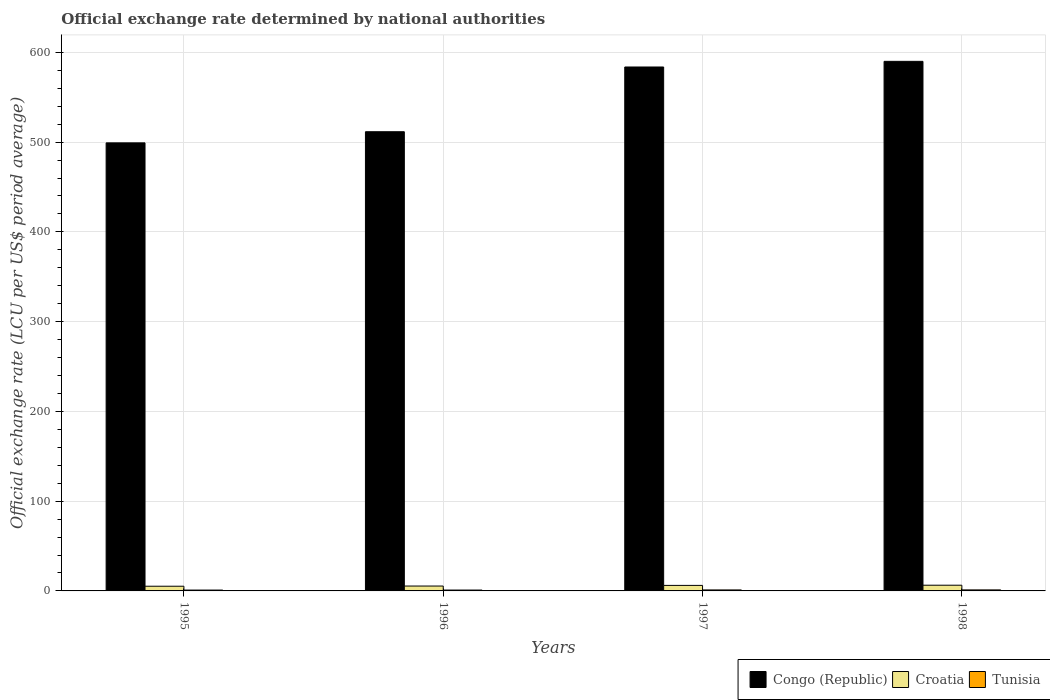
| Years | Congo (Republic) | Croatia | Tunisia |
 | --- | --- | --- | --- |
 | 1995 | 499 | 5.23 | 0.946 |
 | 1996 | 512 | 5.43 | 0.973 |
 | 1997 | 584 | 6.16 | 1.11 |
 | 1998 | 590 | 6.36 | 1.14 |